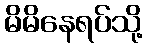
မိမိနေရပ်သို့